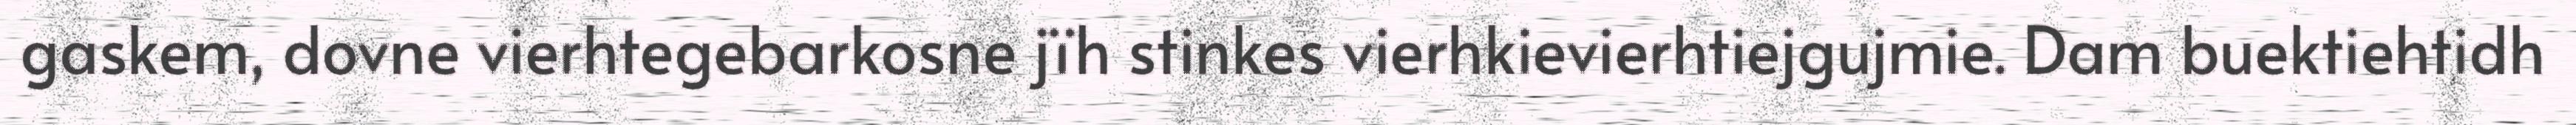
gaskem, dovne vierhtegebarkosne jïh stinkes vierhkievierhtiejgujmie. Dam buektiehtidh